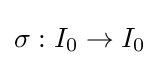
\sigma :I_{0}\to I_{0}